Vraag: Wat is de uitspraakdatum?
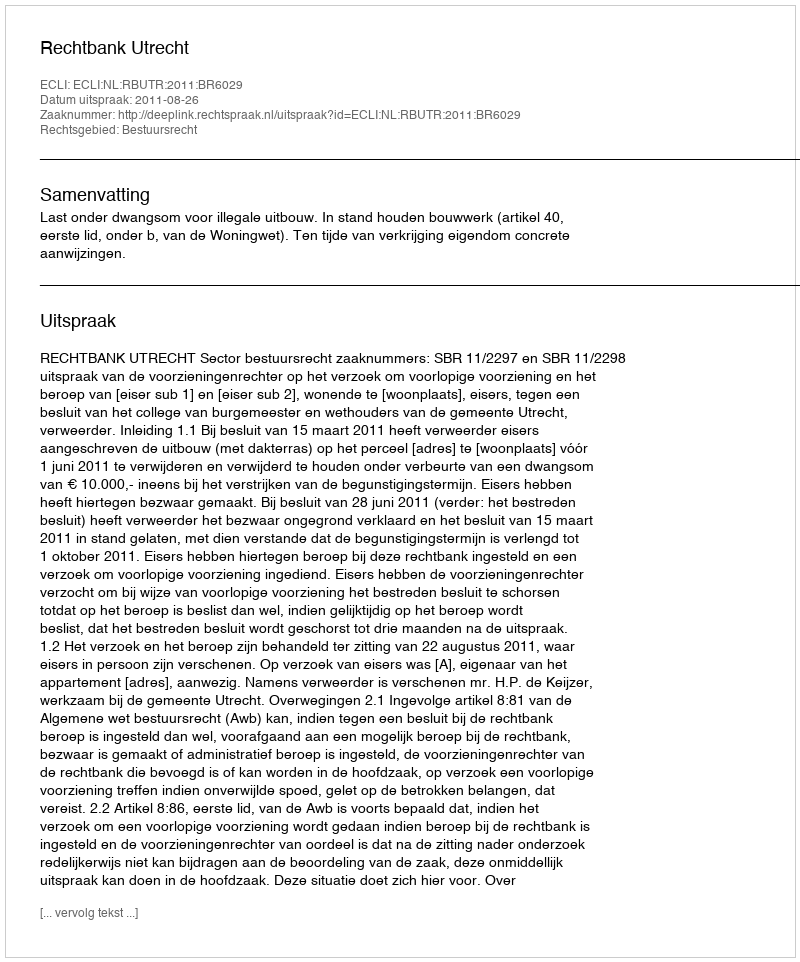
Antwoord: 2011-08-26